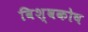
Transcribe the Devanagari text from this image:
विश्‍वकोष